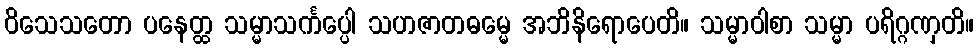
ဝိသေသတော ပနေတ္ထ သမ္မာသင်္ကပ္ပေါ သဟဇာတဓမ္မေ အဘိနိရောပေတိ။ သမ္မာဝါစာ သမ္မာ ပရိဂ္ဂဏှတိ။